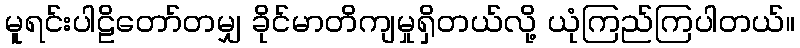
မူရင်းပါဠိတော်တမျှ ခိုင်မာတိကျမှုရှိတယ်လို့ ယုံကြည်ကြပါတယ်။